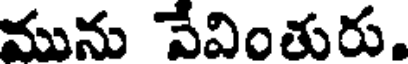
మును వేవింతురు.